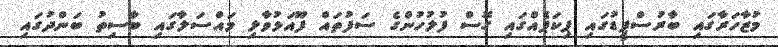
މުޒާހަރާގައި ބާރުސްޕީޑުގައި ޕިކަޕެއްގައި ގޮސް ފުލުހުންގެ ސަފުތައް ފޫއަޅުވާލި މައްސަލާގައި ބާސިތު ބަންދުގައި